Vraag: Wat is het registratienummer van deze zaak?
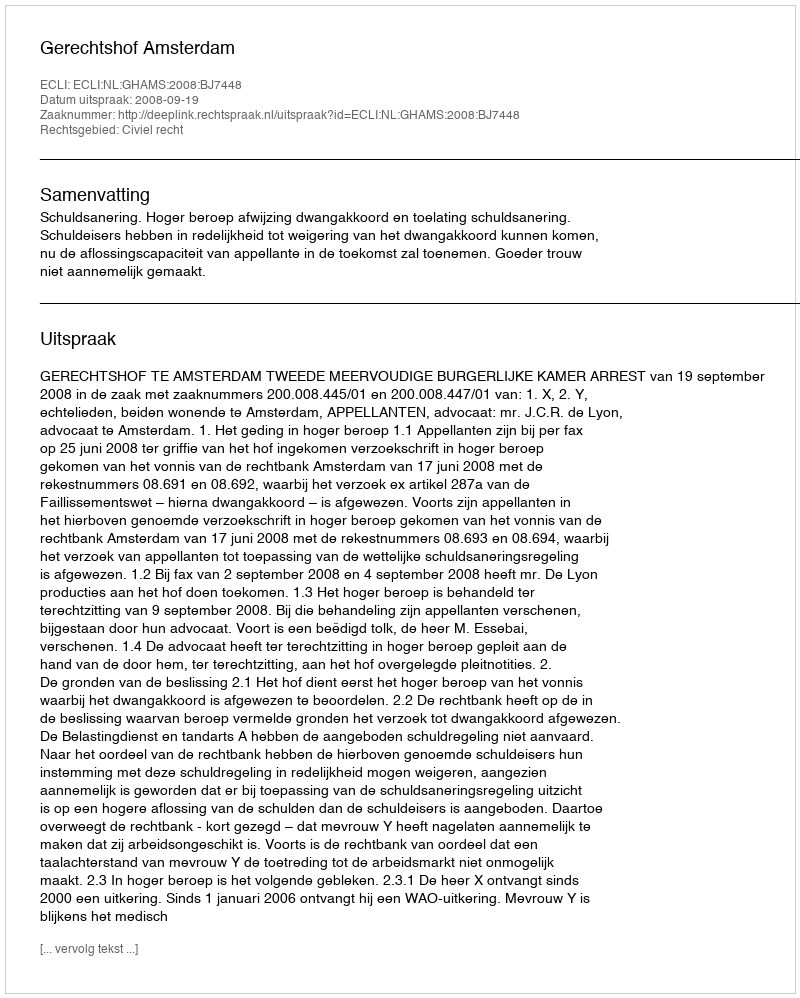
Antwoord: http://deeplink.rechtspraak.nl/uitspraak?id=ECLI:NL:GHAMS:2008:BJ7448